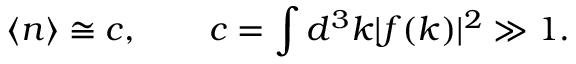
\langle n \rangle \cong c , \qquad c = \int d ^ { 3 } k | f ( k ) | ^ { 2 } \gg 1 .